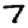
Digit: 7